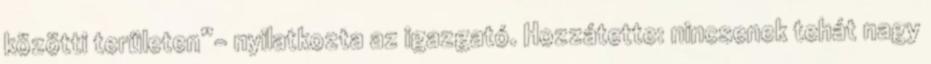
közötti területen”- nyilatkozta az igazgató. Hozzátette: nincsenek tehát nagy